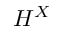
H ^ { X }